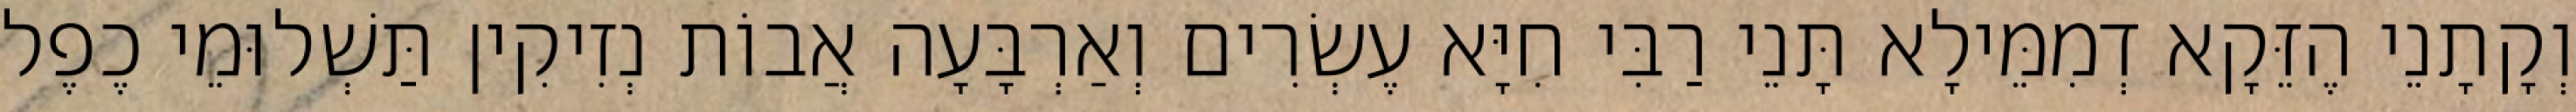
וְקָתָנֵי הֶזֵּקָא דְמִמֵּילָא תָּנֵי רַבִּי חִיָּא עֶשְׂרִים וְאַרְבָּעָה אֲבוֹת נְזִיקִין תַּשְׁלוּמֵי כֶפֶל